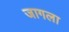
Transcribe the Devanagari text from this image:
जागला